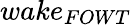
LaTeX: wake_{FOWT}